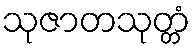
သုဇာတသုတ္တံ